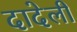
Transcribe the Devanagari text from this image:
दादेली